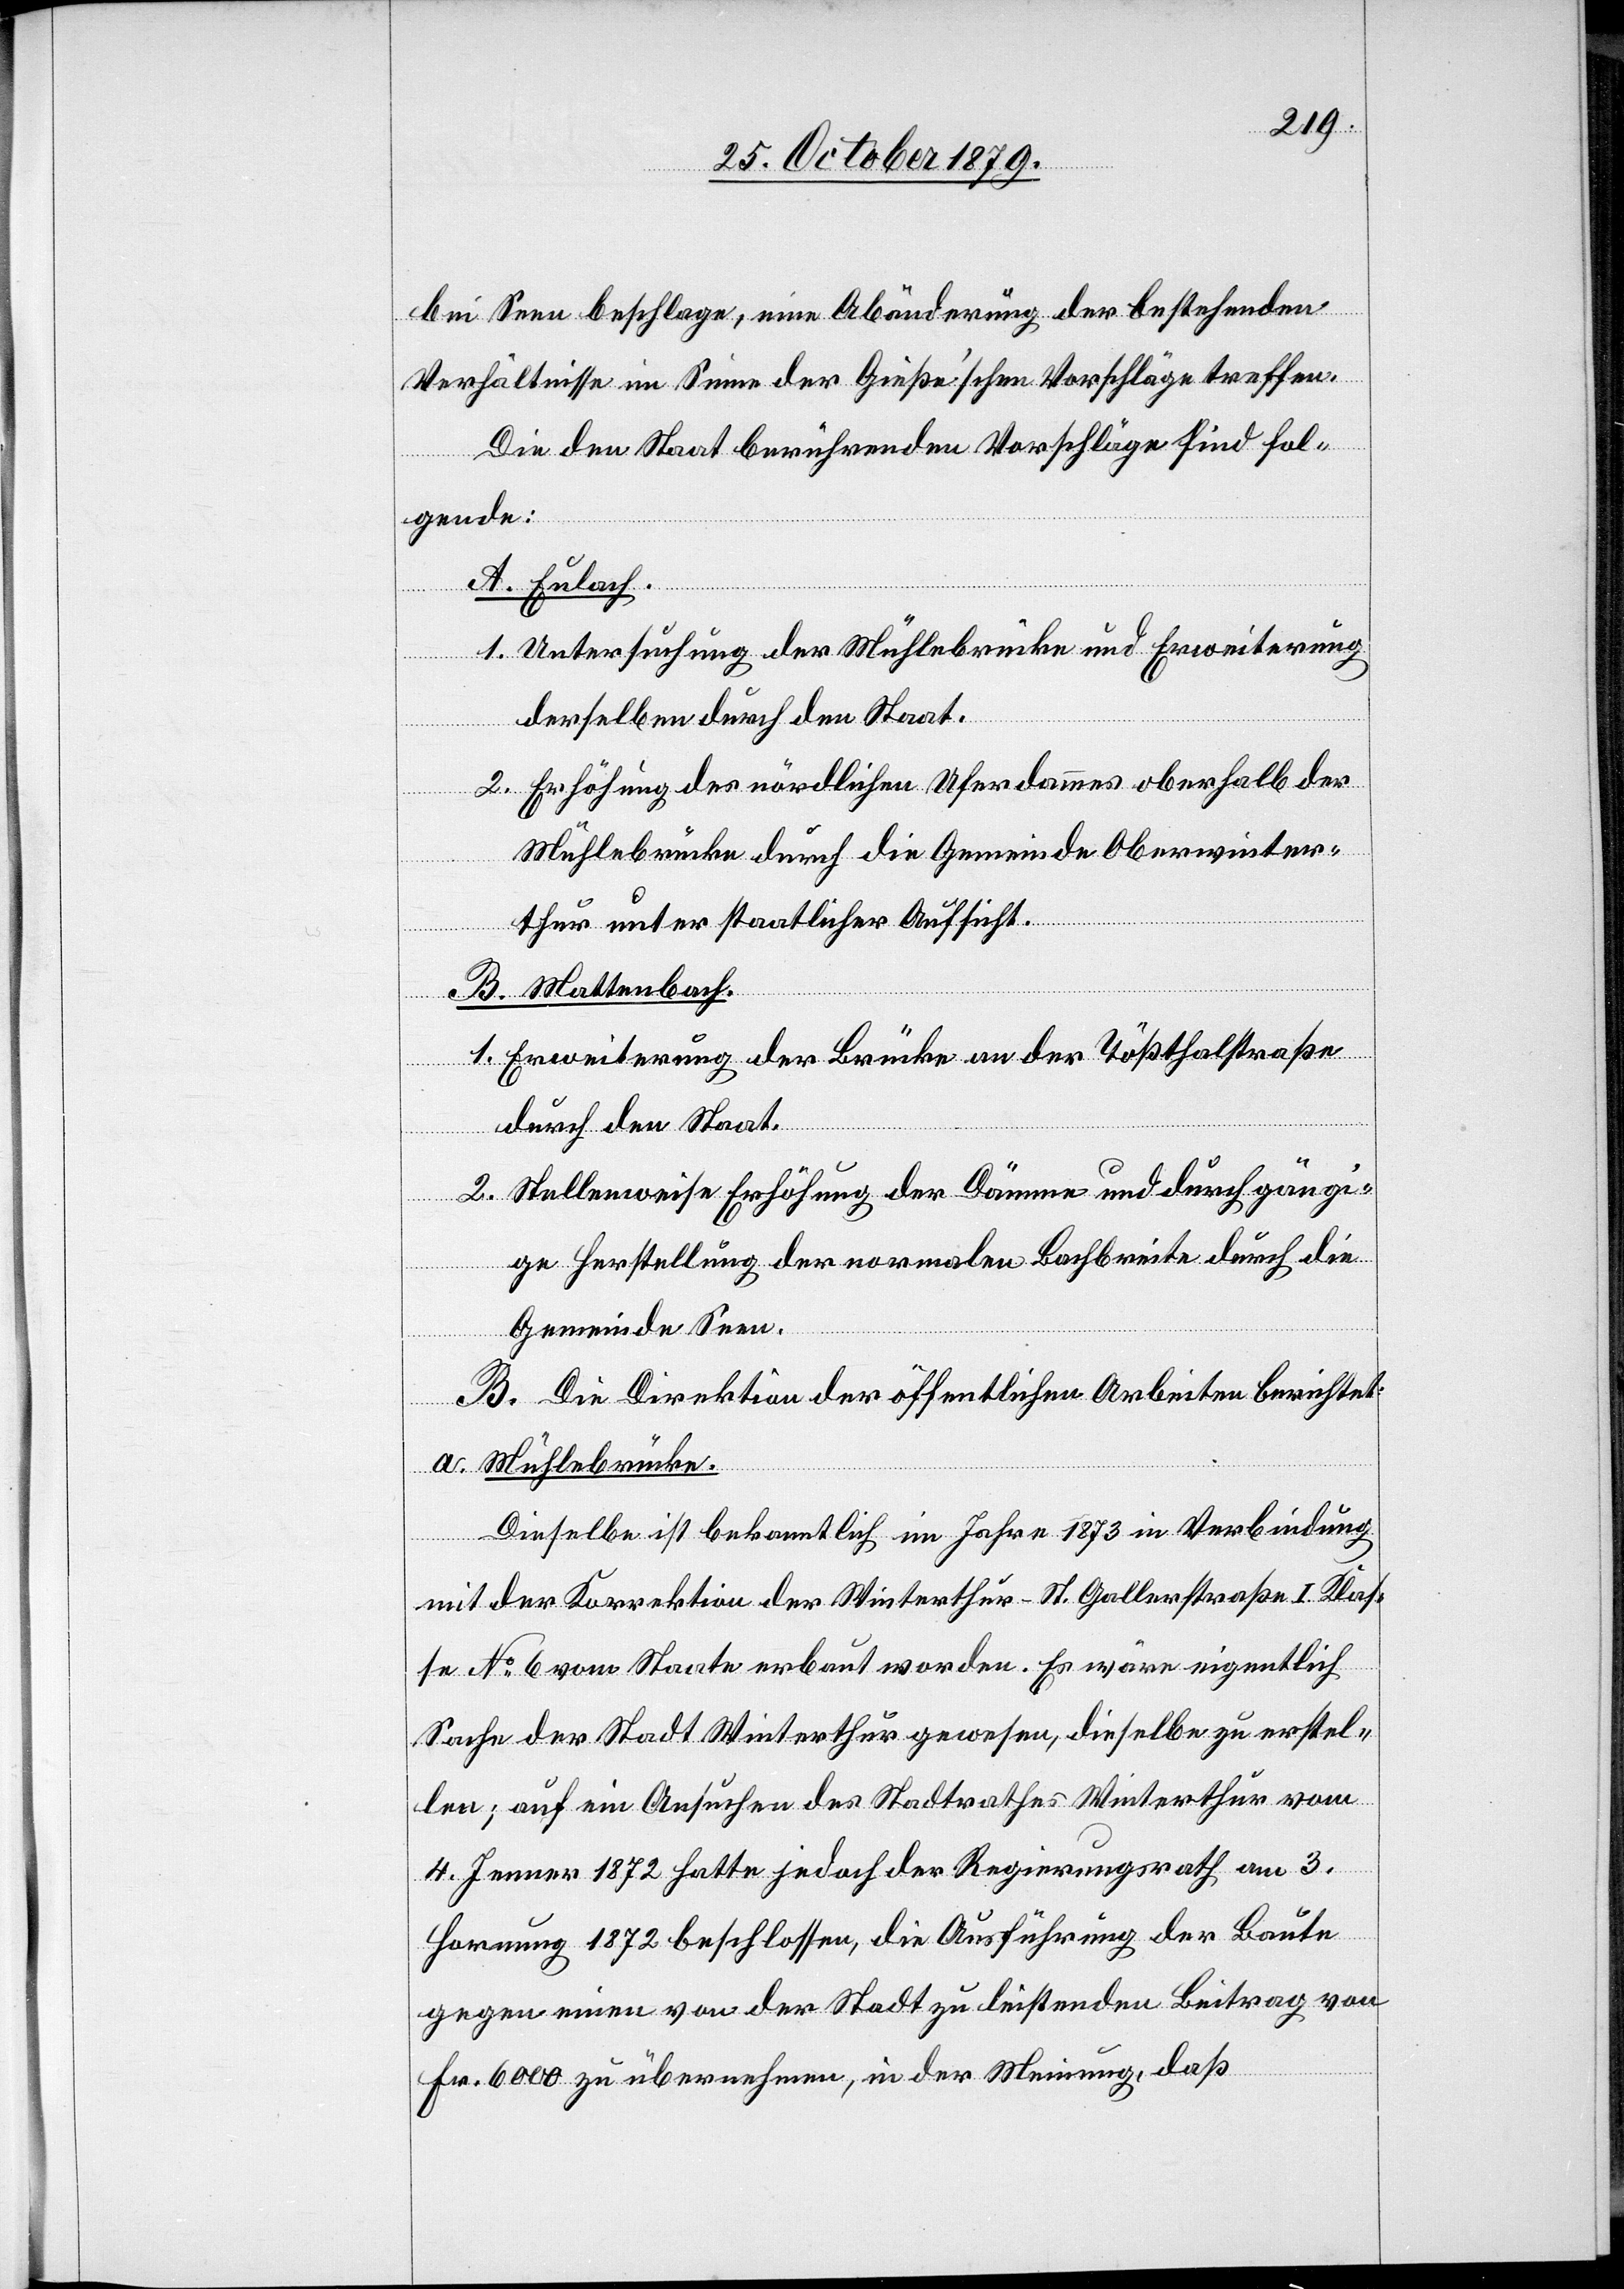
bei Seen beschlage, eine Abänderung der bestehenden
Verhältnisse im Sinne der Gieße’schen Vorschläge treffen.
Die den Staat berührenden Vorschläge sind fol¬
gende:
A. Eulach.
1. Untersuchung der Mühlebrücke und Erweiterung
derselben durch den Staat.
2. Erhöhung des nördlichen Uferdammes oberhalb der
Mühlebrücke durch die Gemeinde Oberwinter¬
thur unter staatlicher Aufsicht.
B. Mattenbach.
1. Erweiterung der Brücke an der Tößthalstraße
durch den Staat.
2. Stellenweise Erhöhung der Dämme und durchgängi¬
ge Herstellung der normalen Bachbreite durch die
Gemeinde Seen.
B. Die Direktion der öffentlichen Arbeiten berichtet:
a. Mühlebrücke.
Dieselbe ist bekanntlich im Jahre 1873 in Verbindung
mit der Korrektion der Winterthur–St. Gallenstraße I. Klas¬
se No 6 vom Staate erbaut worden. Es wäre eigentlich
Sache der Stadt Winterthur gewesen, dieselbe zu erstel¬
len; auf ein Ansuchen des Stadtrathes Winterthur vom
4. Jenner 1872 hatte jedoch der Regierungsrath am 3.
Hornung 1872 beschlossen, die Ausführung der Baute
gegen einen von der Stadt zu leistenden Beitrag von
Fr. 6000 zu übernehmen, in der Meinung, daß